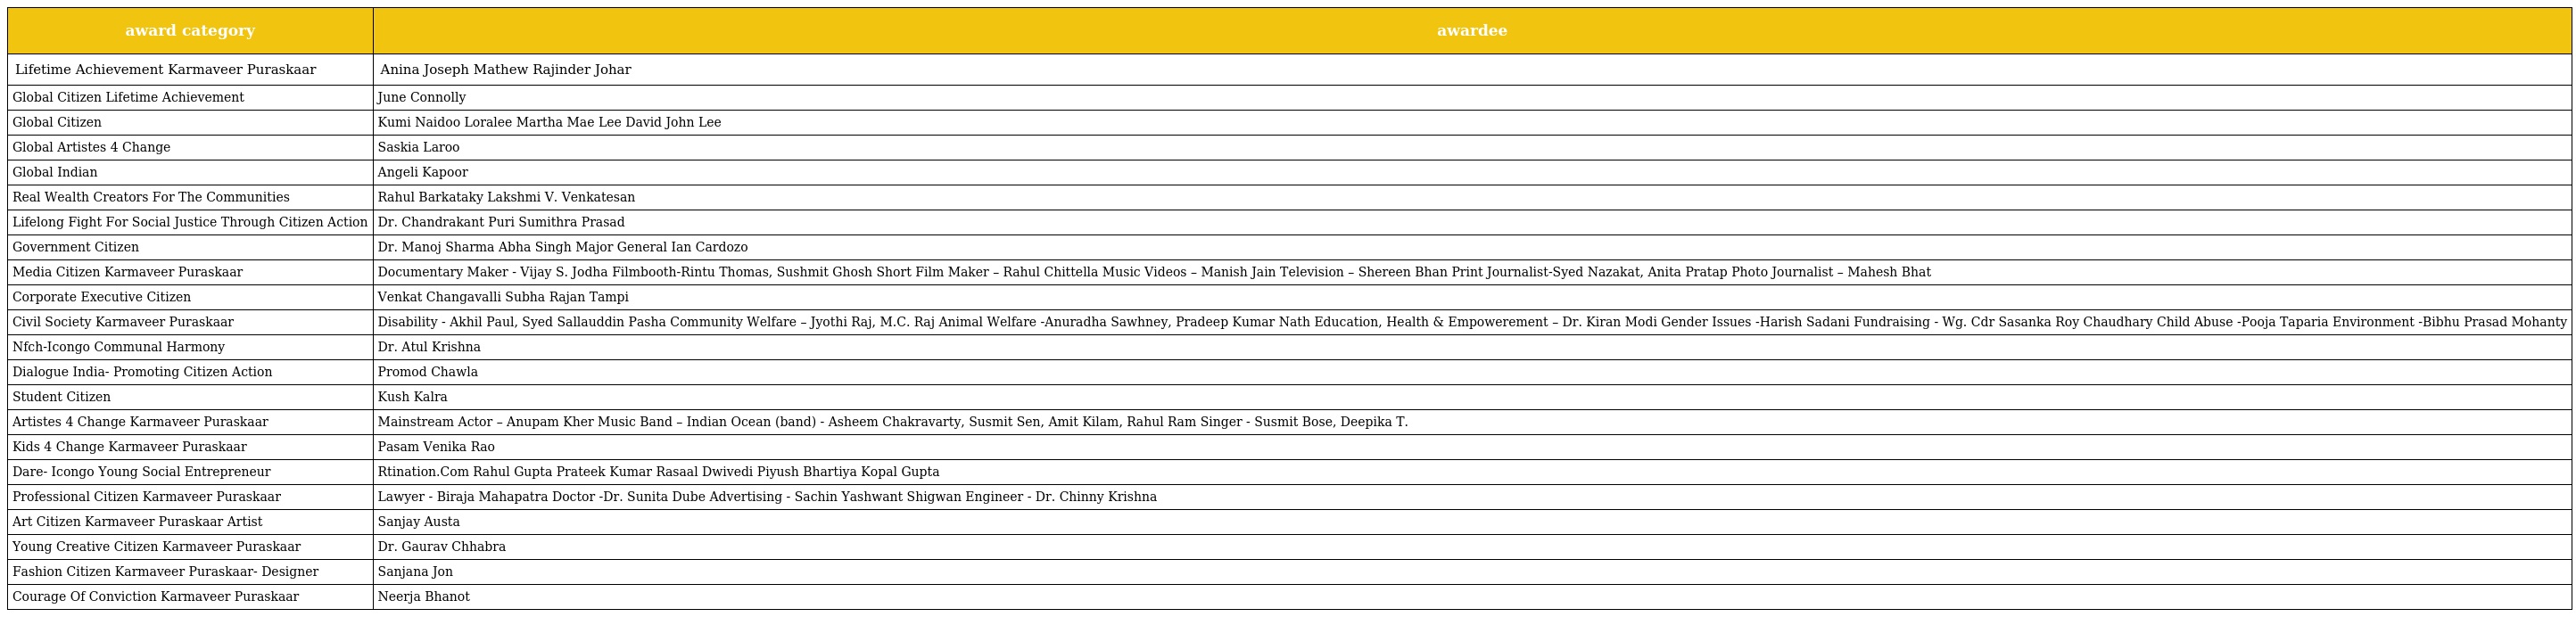
| award category | awardee |
 | --- | --- |
 | Lifetime Achievement Karmaveer Puraskaar | Anina Joseph Mathew Rajinder Johar |
 | Global Citizen Lifetime Achievement | June Connolly |
 | Global Citizen | Kumi Naidoo Loralee Martha Mae Lee David John Lee |
 | Global Artistes 4 Change | Saskia Laroo |
 | Global Indian | Angeli Kapoor |
 | Real Wealth Creators For The Communities | Rahul Barkataky Lakshmi V. Venkatesan |
 | Lifelong Fight For Social Justice Through Citizen Action | Dr. Chandrakant Puri Sumithra Prasad |
 | Government Citizen | Dr. Manoj Sharma Abha Singh Major General Ian Cardozo |
 | Media Citizen Karmaveer Puraskaar | Documentary Maker - Vijay S. Jodha Filmbooth-Rintu Thomas, Sushmit Ghosh Short Film Maker – Rahul Chittella Music Videos – Manish Jain Television – Shereen Bhan Print Journalist-Syed Nazakat, Anita Pratap Photo Journalist – Mahesh Bhat |
 | Corporate Executive Citizen | Venkat Changavalli Subha Rajan Tampi |
 | Civil Society Karmaveer Puraskaar | Disability - Akhil Paul, Syed Sallauddin Pasha Community Welfare – Jyothi Raj, M.C. Raj Animal Welfare -Anuradha Sawhney, Pradeep Kumar Nath Education, Health & Empowerement – Dr. Kiran Modi Gender Issues -Harish Sadani Fundraising - Wg. Cdr Sasanka Roy Chaudhary Child Abuse -Pooja Taparia Environment -Bibhu Prasad Mohanty |
 | Nfch-Icongo Communal Harmony | Dr. Atul Krishna |
 | Dialogue India- Promoting Citizen Action | Promod Chawla |
 | Student Citizen | Kush Kalra |
 | Artistes 4 Change Karmaveer Puraskaar | Mainstream Actor – Anupam Kher Music Band – Indian Ocean (band) - Asheem Chakravarty, Susmit Sen, Amit Kilam, Rahul Ram Singer - Susmit Bose, Deepika T. |
 | Kids 4 Change Karmaveer Puraskaar | Pasam Venika Rao |
 | Dare- Icongo Young Social Entrepreneur | Rtination.Com Rahul Gupta Prateek Kumar Rasaal Dwivedi Piyush Bhartiya Kopal Gupta |
 | Professional Citizen Karmaveer Puraskaar | Lawyer - Biraja Mahapatra Doctor -Dr. Sunita Dube Advertising - Sachin Yashwant Shigwan Engineer - Dr. Chinny Krishna |
 | Art Citizen Karmaveer Puraskaar Artist | Sanjay Austa |
 | Young Creative Citizen Karmaveer Puraskaar | Dr. Gaurav Chhabra |
 | Fashion Citizen Karmaveer Puraskaar- Designer | Sanjana Jon |
 | Courage Of Conviction Karmaveer Puraskaar | Neerja Bhanot |